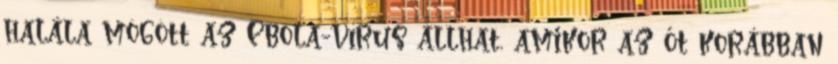
halála mögött az Ebola-vírus állhat, amikor az őt korábban